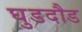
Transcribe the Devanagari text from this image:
घुडदौड